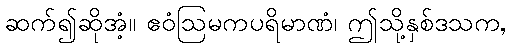
ဆက်၍ဆိုအံ့။ ဧဝံဩမကပရိမာဏံ၊ ဤသို့နှစ်ဒသက,